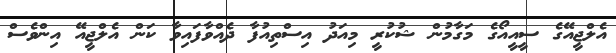
އެލްޖީއޭގެ ސީއީއޯގެ މަގާމުން ޝުކުރީ މިއަދު އިސްތިއުފާ ދެއްވާފައިވާ ކަން އެލްޖީއޭ އިންވެސް